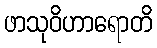
ဖာသုဝိဟာရောတိ